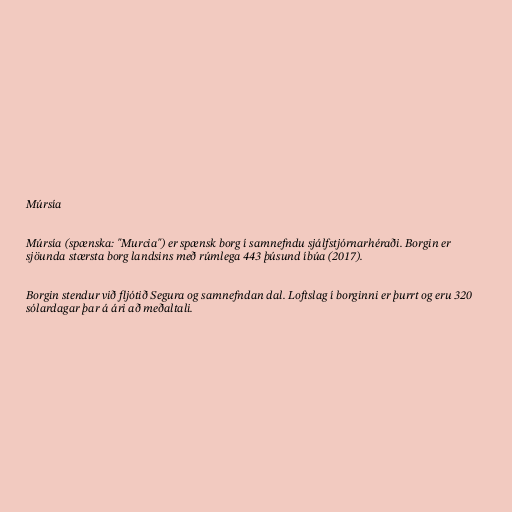
Múrsía

Múrsía (spænska: "Murcia") er spænsk borg í samnefndu sjálfstjórnarhéraði. Borgin er
sjöunda stærsta borg landsins með rúmlega 443 þúsund íbúa (2017).

Borgin stendur við fljótið Segura og samnefndan dal. Loftslag í borginni er þurrt og eru 320
sólardagar þar á ári að meðaltali.